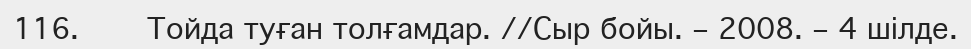
116.     Тойда туған толғамдар. //Сыр бойы. – 2008. – 4 шілде.